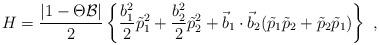
LaTeX: \begin{align*}H=\frac{|1-\Theta{\cal B}|}{2}\left\{ \frac{b_1^2}{2} \tilde{p}_1^2 +\frac{b_2^2}{2} \tilde{p}_2^2 + {\vec b}_1 \cdot {\vec b}_2( \tilde{p}_1 \tilde{p}_2 + \tilde{p}_2 \tilde{p}_1 ) \right\}~,\end{align*}